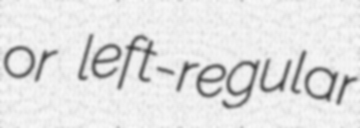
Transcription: or left-regular